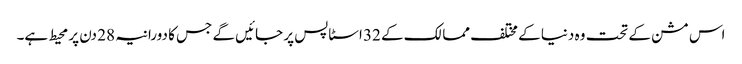
اس مشن کے تحت وہ دنیا کے مختلف ممالک کے 32 اسٹاپس پر جائیں گے جس کا دورانیہ 28 دن پر محیط ہے۔